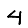
Digit: 4